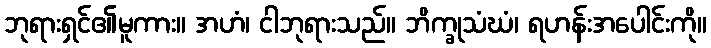
ဘုရားရှင်၏မူကား။ အဟံ၊ ငါဘုရားသည်။ ဘိက္ခုသံဃံ၊ ရဟန်းအပေါင်းကို။